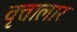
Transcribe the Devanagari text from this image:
वृत्तालार